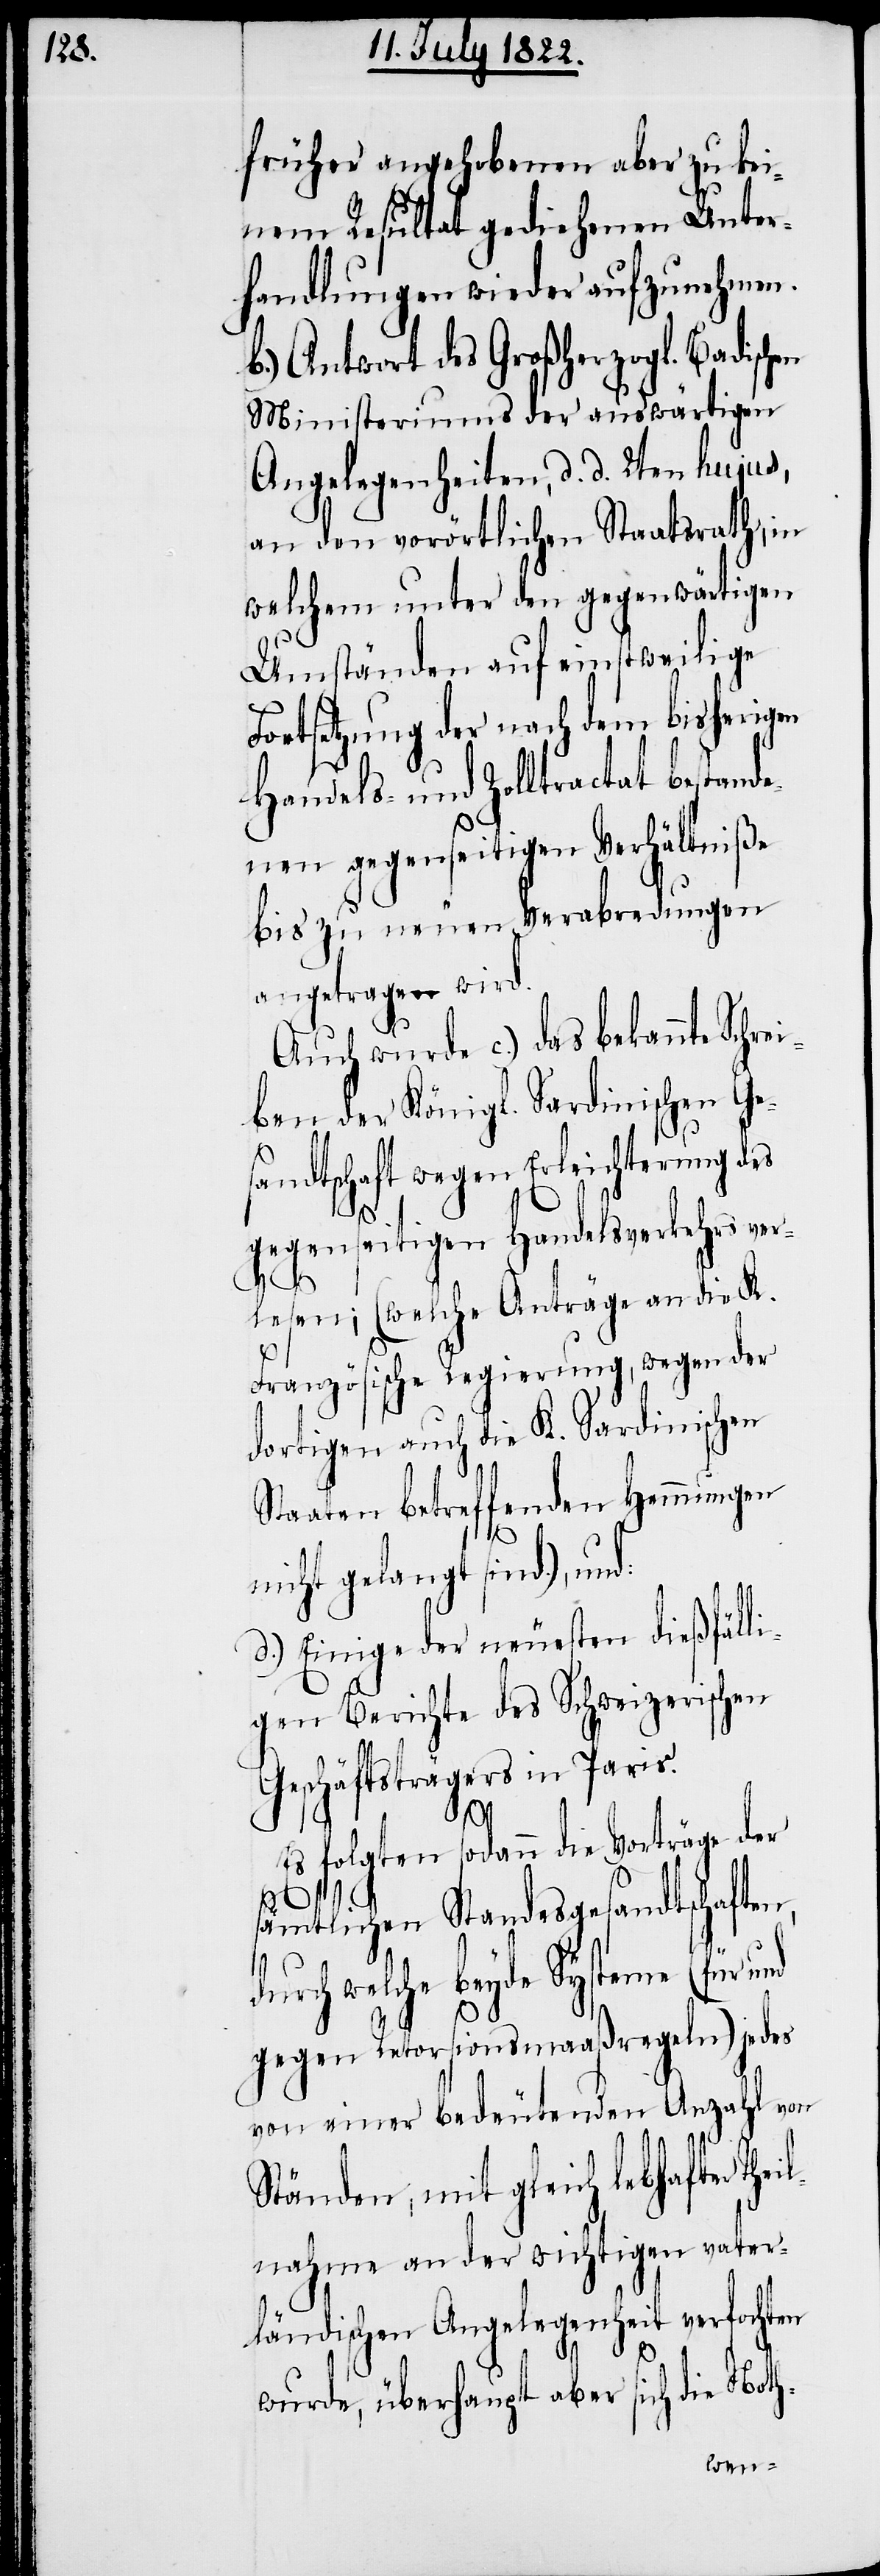
früher angehobenen aber zu kei¬
nem Resultat gediehenen Unter¬
handlungen wieder aufzunehmen.
b.) Antwort des Großherzogl. Badischen
Ministeriums der auswärtigen
Angelegenheiten, d. d. 2ten hujus,
an den vorörtlichen Staatsrath, in
welchem unter den gegenwärtigen
Umständen auf einstweilige
Fortsetzung der nach dem bisherigen
Handels- und Zolltractat bestande¬
nen gegenseitigen Verhältniße
bis zu neuen Verabredungen
angetragen wird.
Auch wurde c.) das bekannte Schre¬
iben der Königl. Sardinischen Ge¬
sandtschaft wegen Erleichterung des
gegenseitigen Handelsverkehrs ver¬
lesen; (welche Anträge an die K.
Französische Regierung, wegen der
dortigen auch die K. Sardinischen
Staaten betreffenden Hemmungen
nicht gelangt sind.), und:
d.) Einige der neuesten dießfälli¬
gen Berichte des Schweizerischen
Geschäftsträgers in Paris.
Es folgten sodann die Vorträge der
sämtlichen Standesgesandtschaften,
durch welche beyde Systeme (für und
gegen Retorsionsmaaßregeln) jedes
von einer bedeutenden Anzahl von
Ständen, mit gleich lebhafter Thei¬
lnahme an der wichtigen vater¬
ländischen Angelegenheit verfochten
wurde, überhaupt aber sich die Noth-